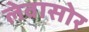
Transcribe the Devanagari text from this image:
लेवासोर